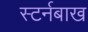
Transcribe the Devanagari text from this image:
स्टर्नबाख